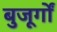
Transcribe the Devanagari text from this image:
बुजूर्गों